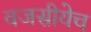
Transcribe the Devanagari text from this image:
वजसीयेच